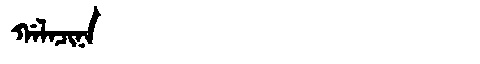
Manchu: ᡤᠠᠯᠠᠴᡳᠨᠠ
Romanization: GALACINA